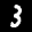
Label: 3